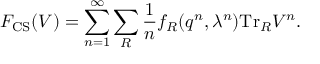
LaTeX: F _ { \mathrm { C S } } ( V ) = \sum _ { n = 1 } ^ { \infty } \sum _ { R } { \frac { 1 } { n } } f _ { R } ( q ^ { n } , \lambda ^ { n } ) \mathrm { T r } _ { R } V ^ { n } .